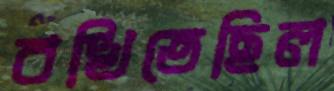
বখিতেছিল